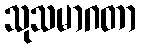
သုသမာဂတာ